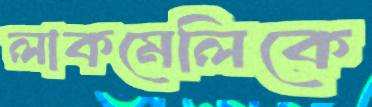
লাকমেলিকে